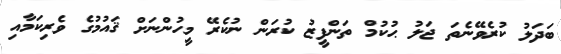
ބަދަލު ކުރެވޭނެތަ ޖަލު ޙުކުމް ތަންފީޒު ކުރަން ނުކެރޭ މީހުންނަށް ޤައުމުގެ ވެރިކަމާއި